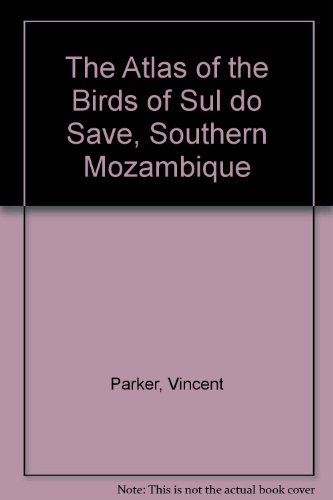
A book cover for The Atlas of the Birds of Sul do Save, Southern Mozambique; Vincent Parker; Travel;